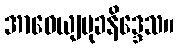
အာဓေယျမုခနိဒ္ဒေသ။